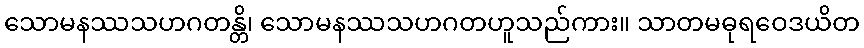
သောမနဿသဟဂတန္တိ၊ သောမနဿသဟဂတဟူသည်ကား။ သာတမဓုရဝေဒယိတ